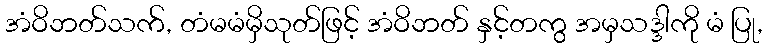
အံဝိဘတ်သက်, တံမမံမှိသုတ်ဖြင့် အံဝိဘတ် နှင့်တကွ အမှသဒ္ဒါကို မံ ပြု,